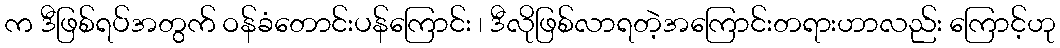
က ဒီဖြစ်ရပ်အတွက် ဝန်ခံတောင်းပန်ကြောင်း ၊ ဒီလိုဖြစ်လာရတဲ့အကြောင်းတရားဟာလည်း ကြောင့်ဟု